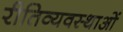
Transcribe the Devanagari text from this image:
रीतिव्यवस्थाओं